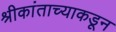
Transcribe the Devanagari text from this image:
श्रीकांताच्याकडून